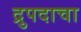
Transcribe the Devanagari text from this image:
द्रुपदाचा